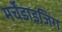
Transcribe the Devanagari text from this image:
मर्चेंडाइजिंग